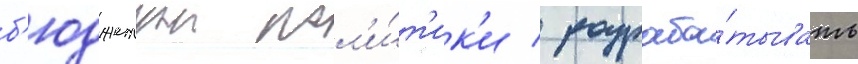
б'юджетнои пол'и́т'ик'и / разраба́тывать